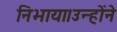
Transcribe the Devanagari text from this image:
निभाया।उन्होंने